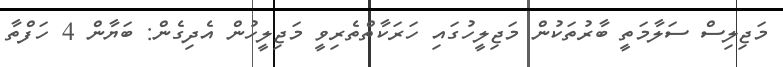
މަޖިލިސް ސަލާމަތީ ބާރުތަކުން މަޖިލީހުގައި ހަރަކާތްތެރިވީ މަޖިލީހުން އެދިގެން: ބަޔާން 4 ހަފްތާ